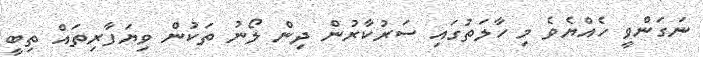
ނަގަންވީ ހެއްޔެވެ މި ހާލަތުގައި ސަރުކާރުން ދިން ލޯނު ތަކުން ވިޔަފާރިތައް ތިބީ